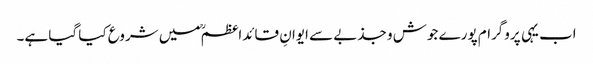
اب یہی پروگرام پورے جوش و جذبے سے ایوانِ قائداعظمؒ میں شروع کیا گیا ہے۔